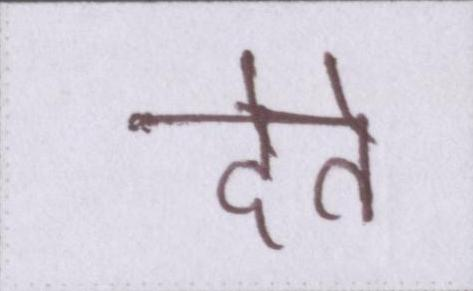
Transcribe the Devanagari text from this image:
देते